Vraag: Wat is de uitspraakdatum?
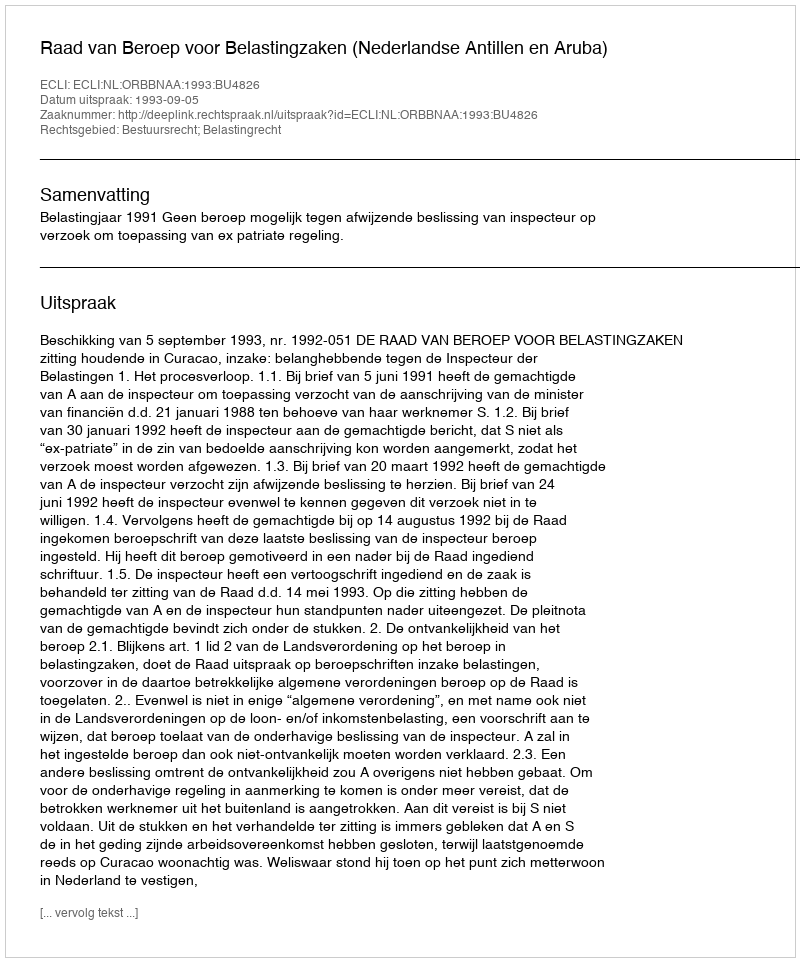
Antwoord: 1993-09-05